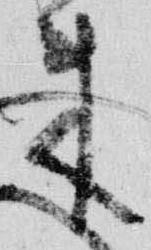
来